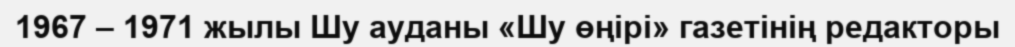
1967 – 1971 жылы Шу ауданы «Шу өңірі» газетінің редакторы